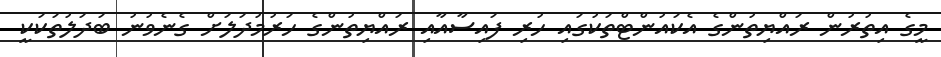
މީގެ އިތުރުން ރައްޔިތުންގެ އެކައުންޓްތަކުގައި ހުރި ފައިސާއާއި ރައްޔިތުންގެ ހަރުމުދަލަށް ގެނެވުނު ބަދަލުތަކަކީ